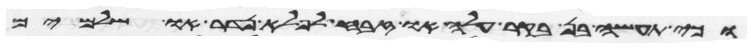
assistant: וכי תעשה בן בקר עלה או זבח לפלא נדר או שלמים